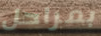
بمراحل